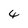
Character: 4